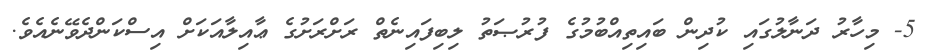
5- މިހާރު ދަނާލުގައި ކުދިން ބައިތިއްބުމުގެ ފުރުޞަތު ލިބިފައިނެތް ރަށްރަށުގެ ޢާއިލާއަކަށް އިސްކަންދެވޭނެއެވެ.